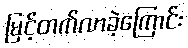
မြင့်တက်လာခဲ့ကြောင်း